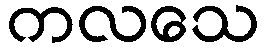
ကလသေ